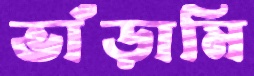
ভাঁড়ামি